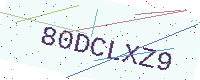
Text: 80DCLXZ9